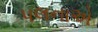
પલનાએ